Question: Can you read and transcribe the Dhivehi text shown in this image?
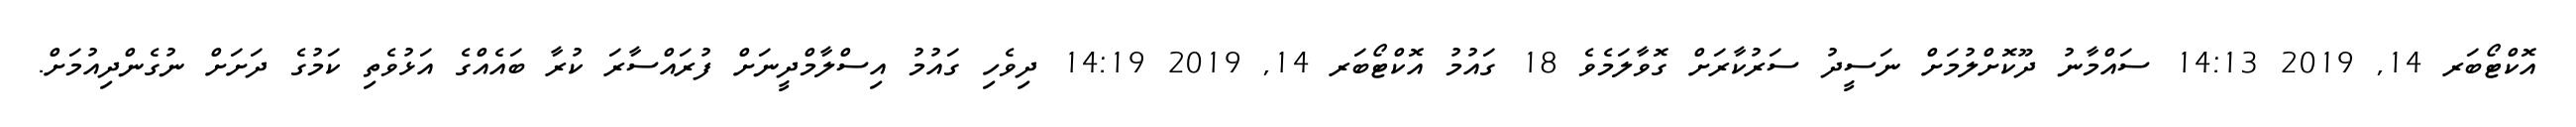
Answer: އޮކްޓޯބަރ 14, 2019 14:13 ސައްމާނު ދޫކޮށްލުމަށް ނަސީދު ސަރުކާރަށް ގޮވާލަމެވެ 18 ގައުމު އޮކްޓޯބަރ 14, 2019 14:19 ދިވެހި ގައުމު އިސްލާމްދީނަށް ފުރައްސާރަ ކުރާ ބައެއްގެ އަޅުވެތި ކަމުގެ ދަށަށް ނުގެންދިއުމަށް.